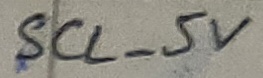
Text: SCL_5V